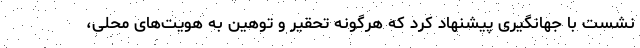
نشست با جهانگیری پیشنهاد کرد که هرگونه تحقیر و توهین به هویت‌های محلی،